Report of the Municipal Commissioner on the plague in Bombay for the year ending 31st May... - Volume 2
Disease focus: Plague
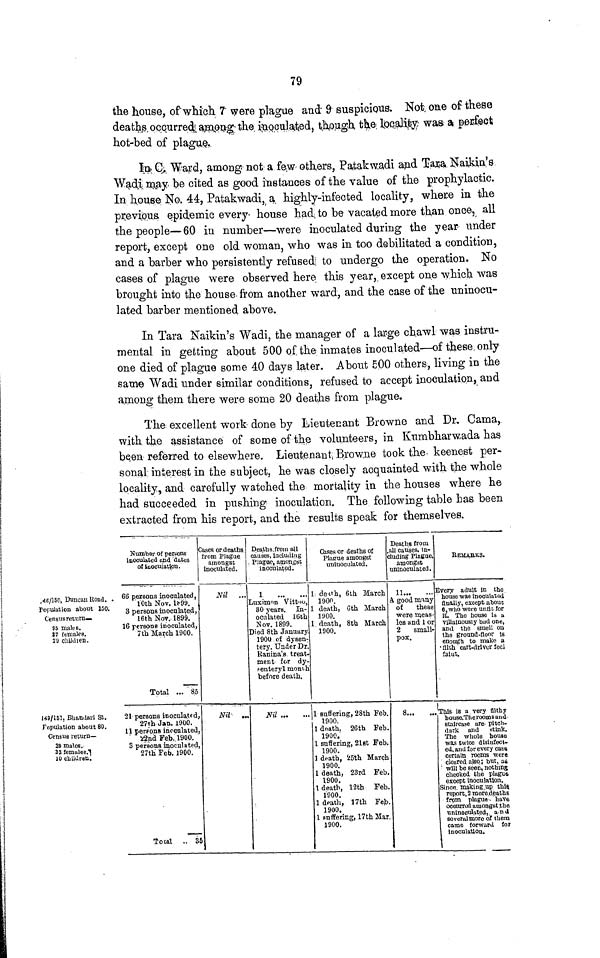
79
the house, of which 7 were plague and 9 suspicious. Not one of these
deaths occurred among the inoculated, though the locality was a perfect
hot-bed of plague.
In C. Ward, among not a few others, Patakwadi and Tana Naikin's
Wadi may be cited as good instances of the value of the prophylactic.
In house No. 44, Patakwadi, a highly-infected locality, where in the
previous epidemic every- house had to be vacated more than once> all
the people—60 in number—were inoculated during the year under
report, except one old woman, who was in too debilitated a condition,
and a barber who persistently refused to undergo the operation. No
cases of plague were observed here this year, except one which was
brought into the house from another ward, and the case of the uninocu-
lated barber mentioned above.
In Tara Naikin's Wadi, the manager of a large chawl was instru-
mental in getting about 500 of the inmates inoculated—of these only
one died of plague some 40 days later. About 500 others, living in the
same Wadi under similar conditions, refused to accept inoculation, and
among them there were some 20 deaths from plague.
The excellent work done by Lieutenant Browne and Dr, Cama,.
with the assistance of some of the volunteers, in Kumbharwada has
been referred to elsewhere. Lieutenant Browne took the keenest per-
sonal interest in the subject, he was closely acquainted with the whole
locality, and carefully watched the mortality in the houses where he
had succeeded in pushing inoculation. The following table has been
extracted from his report, and the results speak for themselves.
40/150, Duncan Koad.
Population about 150.
Census return.
S5 males.
87 females.
29 children.
149/151. Bhatulari St.
Population about 80.
Census return—
39 males.
38 females.Ĵ
O cuiidron.
Number of persons
inoculated and dates
of inoculation.
66 persons inoculated,
10th Nov. It- 99.
3 persons inoculated,
16th NOT. 1899.
16 persons inoculated,
7th March 1900.
Total ... 85
21 persons inoculated,
27lh Jan. 1900.
11 persons inoculated,
22nd Feb. 1900.
3 persons inoculated,
97* Vi T?oh iQAfl
-fcltn J7cU. ii7Uv.
local .. 35
Coses or deaths
from Plague
amongst
inoculated.
Nil
...
Nil .„
Deaths.from all
causes, including
Plague, amongst
inoculated.
1
Juximon Vittoo,
30 years. In-
oculated 16th
Nov. 1899.
Died 8th January
1900 of dysen-
tery. Under Dr.
Ranina's treat-
ment for dy-
fenteryl mom-h
before death.
Nil
Cases or deaths of
Plague amongst
uoiuoculuted.
1 de*th, 6th March
1900.
1 death, 6th March
1900.
1 death, 8th March
1900.
1 suffering, 28th Feb.
1900.
1 death, 26th Feb.
1900.
1 suffering 21st Feb.
1 flAft
iyuo.
I death. 25th March
1900.
1 death, 23rd Feb.
1 nA*\
laUO,
1 death, 12th Feb.
1900.
1 death, 17th Feb.
1900.
1 Buffering, 17th Mar.
1900.
Deaths from
all causes, m-
luding Plague,
amongst
uninoculated.
11
A good many
of
these
were meas-
les and 1 or
2
small-
pox.
KEJIABKS.
Every adult in the
house was inoculated
finally, except about
6, who were until; xor.
it. The bouse is a
villainously bad one,
and the smell on
the ground-floor is
enough to make a
filth cart-driver feel
laiut.
This is a very filthy
bouse.Therooins and
staircase are pitch-
dark and Btink.
xno whole nouse
w&s twice disinfect*
ed, and for every cass
certain rooms were
cleared also ; but, as
will be seen, nothing
checked the plague
except inoculation.
Since making up thlft
report, 2 more deaths
from plaguo have
oconrrod amongst the
uninoculated, and
several more of them
came forward for
inoculation.